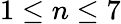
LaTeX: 1\leq n\leq 7